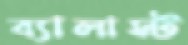
ব্যালাস্ট